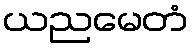
ယညမေတံ